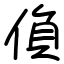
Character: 偩